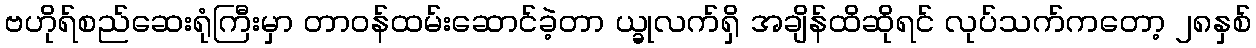
ဗဟိုရ်စည်ဆေးရုံကြီးမှာ တာဝန်ထမ်းဆောင်ခဲ့တာ ယ္ခုလက်ရှိ အချိန်ထိဆိုရင် လုပ်သက်ကတော့ ၂၈နှစ်